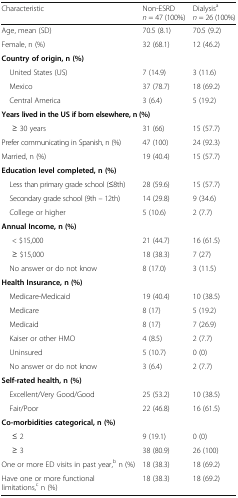
<table><thead><tr><td><b>Characteristic</b></td><td><b>Non-ESRD<i>n</i> = 47 (100%)</b></td><td><b>Dialysis<sup>a</sup><i>n</i> = 26 (100%)</b></td></tr></thead><tbody><tr><td>Age, mean (SD)</td><td>70.5 (8.1)</td><td>70.5 (9.2)</td></tr><tr><td>Female, n (%)</td><td>32 (68.1)</td><td>12 (46.2)</td></tr><tr><td colspan="3"><b>Country of origin, n (%)</b></td></tr><tr><td> United States (US)</td><td>7 (14.9)</td><td>3 (11.6)</td></tr><tr><td> Mexico</td><td>37 (78.7)</td><td>18 (69.2)</td></tr><tr><td> Central America</td><td>3 (6.4)</td><td>5 (19.2)</td></tr><tr><td colspan="3"><b>Years lived in the US if born elsewhere, n (%)</b></td></tr><tr><td>≥ 30 years</td><td>31 (66)</td><td>15 (57.7)</td></tr><tr><td>Prefer communicating in Spanish, n (%)</td><td>47 (100)</td><td>24 (92.3)</td></tr><tr><td>Married, n (%)</td><td>19 (40.4)</td><td>15 (57.7)</td></tr><tr><td colspan="3"><b>Education level completed, n (%)</b></td></tr><tr><td> Less than primary grade school (≤8th)</td><td>28 (59.6)</td><td>15 (57.7)</td></tr><tr><td> Secondary grade school (9th – 12th)</td><td>14 (29.8)</td><td>9 (34.6)</td></tr><tr><td> College or higher</td><td>5 (10.6)</td><td>2 (7.7)</td></tr><tr><td colspan="3"><b>Annual Income, n (%)</b></td></tr><tr><td>&lt; $15,000</td><td>21 (44.7)</td><td>16 (61.5)</td></tr><tr><td>≥ $15,000</td><td>18 (38.3)</td><td>7 (27)</td></tr><tr><td> No answer or do not know</td><td>8 (17.0)</td><td>3 (11.5)</td></tr><tr><td colspan="3"><b>Health Insurance, n (%)</b></td></tr><tr><td> Medicare-Medicaid</td><td>19 (40.4)</td><td>10 (38.5)</td></tr><tr><td> Medicare</td><td>8 (17)</td><td>5 (19.2)</td></tr><tr><td> Medicaid</td><td>8 (17)</td><td>7 (26.9)</td></tr><tr><td> Kaiser or other HMO</td><td>4 (8.5)</td><td>2 (7.7)</td></tr><tr><td> Uninsured</td><td>5 (10.7)</td><td>0 (0)</td></tr><tr><td> No answer or do not know</td><td>3 (6.4)</td><td>2 (7.7)</td></tr><tr><td colspan="3"><b>Self-rated health, n (%)</b></td></tr><tr><td> Excellent/Very Good/Good</td><td>25 (53.2)</td><td>10 (38.5)</td></tr><tr><td> Fair/Poor</td><td>22 (46.8)</td><td>16 (61.5)</td></tr><tr><td colspan="3"><b>Co-morbidities categorical, n (%)</b></td></tr><tr><td>≤ 2</td><td>9 (19.1)</td><td>0 (0)</td></tr><tr><td>≥ 3</td><td>38 (80.9)</td><td>26 (100)</td></tr><tr><td>One or more ED visits in past year,<sup>b</sup> n (%)</td><td>18 (38.3)</td><td>18 (69.2)</td></tr><tr><td>Have one or more functional limitations,<sup>c</sup> n (%)</td><td>18 (38.3)</td><td>18 (69.2)</td></tr></tbody></table>